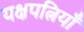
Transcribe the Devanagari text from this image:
यक्षपत्नियाँ